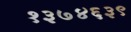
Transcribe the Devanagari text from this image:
१३७४६३९